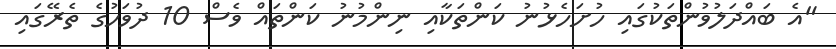
"އެ ބައްދަލުވުންތަކުގައި ހުށަހެޅުނު ކަންތަކާއި ނިންމުނު ކަންތައް ވެސް 10 ދުވަހުގެ ތެރޭގައި